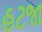
હટજા